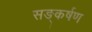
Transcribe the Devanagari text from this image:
सङ्कर्षण